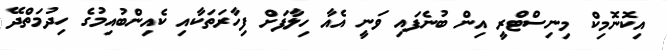
އިކޮނޮމިކް މިނިސްޓްރީ އިން ބުނެފައި ވަނީ އެއާ ހިލާފަށް ފިހާރަތަކާއި ކެއިންބުއިމުގެ ހިދުމަތްދޭ